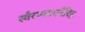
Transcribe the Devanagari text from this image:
स्वैरप्यवयवैरिह